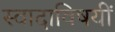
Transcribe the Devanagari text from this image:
स्वादाविषयीं